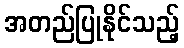
အတည်ပြုနိုင်သည့်